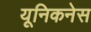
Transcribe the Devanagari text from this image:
यूनिकनेस